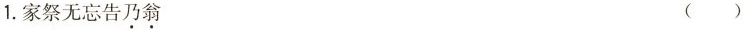
1.家祭无忘告乃翁 ()